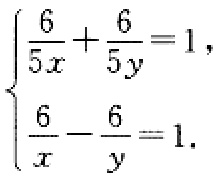
$\begin{cases}
\frac{6}{5x}+\frac{6}{5y}=1,\\
\frac{6}{x}-\frac{6}{y}=1.
\end{cases}$